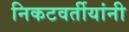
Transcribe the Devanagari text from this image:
निकटवर्तीयांनी